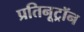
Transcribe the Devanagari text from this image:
प्रतिनूट्रॉन